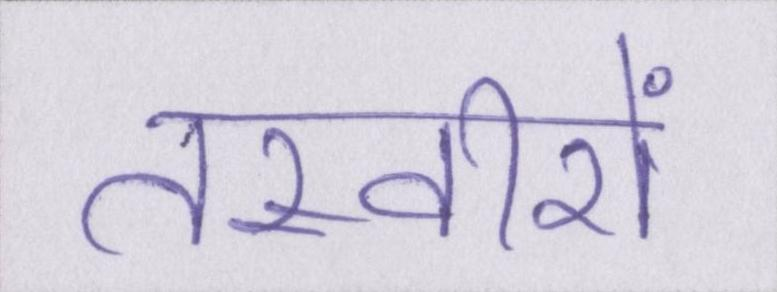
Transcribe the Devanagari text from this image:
तस्वीरों